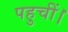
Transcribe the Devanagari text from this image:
पहुचीं।